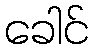
ခေါင်